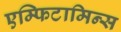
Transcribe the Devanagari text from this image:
एम्फिटामिन्स